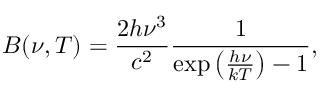
B ( \nu , T ) = \frac { 2 h \nu ^ { 3 } } { c ^ { 2 } } \frac { 1 } { \exp \left( \frac { h \nu } { k T } \right) - 1 } ,